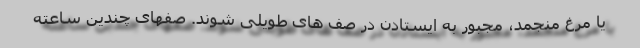
یا مرغ منجمد، مجبور به ایستادن در صف های طویلی شوند. صفهای چندین ساعته